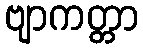
ဗျာကတ္တာ